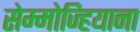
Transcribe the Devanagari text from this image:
सेम्मोज्हियाना